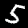
Digit: 5